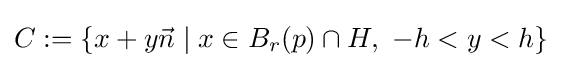
C:=\left\{x+y{\vec {n}}\mid x\in B_{r}(p)\cap H,\ {-h}<y<h\right\}